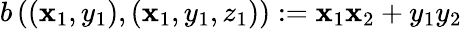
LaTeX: b\left(\left(\mathbf{x}_{1},y_{1}\right),\left(\mathbf{x}_{1},y_{1},z_{1}\right)\right):=\mathbf{x}_{1}\mathbf{x}_{2}+y_{1}y_{2}